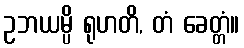
ဥဘယမ္ပိ ရုဟတိ, တံ ခေတ္တံ။